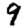
Digit: 9